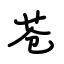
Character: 苍